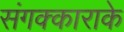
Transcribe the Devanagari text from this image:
संगक्काराके